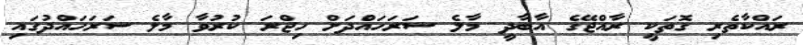
ރައްކާތެރި ގޮތަކީ ރާއްޖޭގެ އާބާދީ މާލެ ސަރަހައްދަށް ހިޖްރަ ކުރުވާ މާލެ ސަރަހައްދުގައި